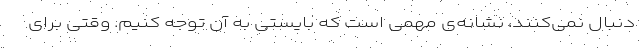
دنبال نمی‌کنند، نشانه‌ی مهمی است که بایستی به آن توجه کنیم. وقتی برای